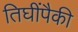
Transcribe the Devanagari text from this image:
तिघींपैकी